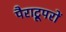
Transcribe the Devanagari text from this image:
पैराट्रूपरों